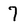
Character: 7